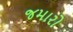
જમારો